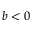
b < 0